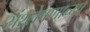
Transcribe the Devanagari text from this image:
संश्लेषणाच्या